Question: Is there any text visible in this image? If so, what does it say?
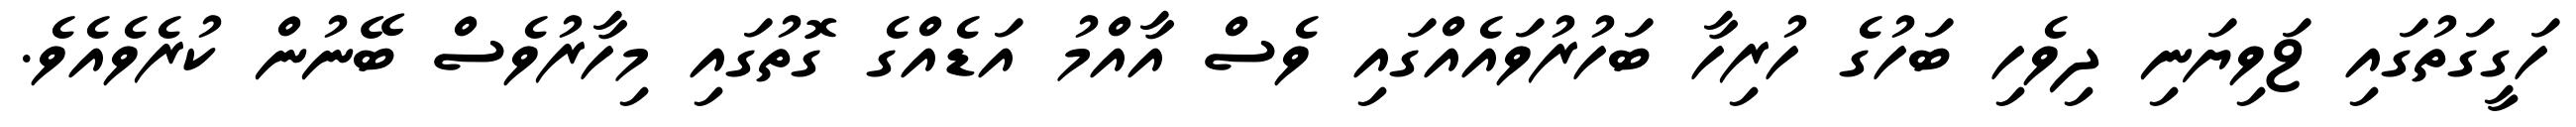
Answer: ހަގީގަތުގައި ޱަވިޔަނި ދިވެހި ބަހުގެ ހުރިހާ ބަހުރުވައެއްގައި ވެސް އާއްމު އަޑެއްގެ ގޮތުގައި މިހާރުވެސް ބޭނުން ކުރެވެއެވެ.